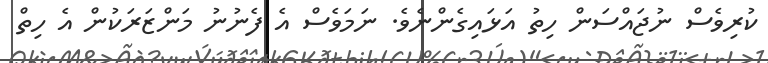
ކުރިވެސް ނުޖައްސަން ހިތު އަޅައިގެންނެވެ. ނަމަވެސް އެ ފެނުނު މަންޒަރަކުން އެ ހިތް